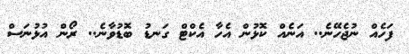
ފަހެއް ނުޖެހޭނެ.. އަނެއް ކޮޅުން އެހާ އެކްޓް ގަނޑު ބޮޑުވާނެ.. ރޯން އުޅުނަސް